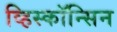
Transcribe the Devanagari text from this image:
व्हिस्कॉन्सिन